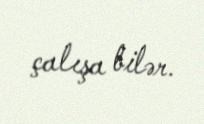
çalışa bilər.